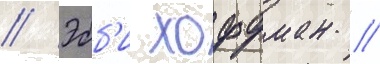
// Эбб'и хоффман //